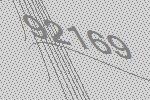
92169